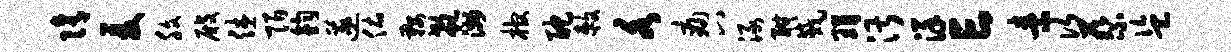
隋爰腹殿休陌钧遂佑鞍欷洲棺酡敕各痛八渌酣戚瑁湛详亡素次蔡盗